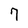
Character: 7